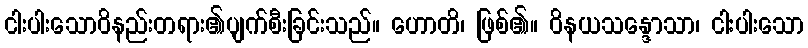
ငါးပါးသောဝိနည်းတရား၏ပျက်စီးခြင်းသည်။ ဟောတိ၊ ဖြစ်၏။ ဝိနယသန္ဒောသာ၊ ငါးပါးသော